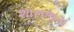
શાનભગ